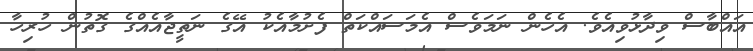
އައްބާސް ވިދާޅުވިއެވެ. އެހެން ނަމަވެސް އެމަސައްކަތް ފެށުމާއެކު އޭގެ ނަތީޖާއެއްގެ ގޮތުން ހުރިހާ